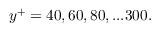
y ^ { + } = 4 0 , 6 0 , 8 0 , . . . 3 0 0 .